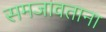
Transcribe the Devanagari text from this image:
समजावताना